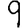
Digit: 9